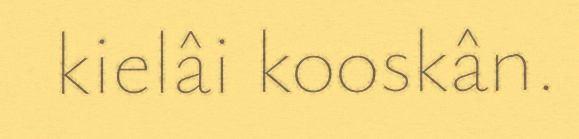
kielâi kooskân.